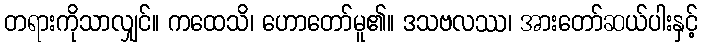
တရားကိုသာလျှင်။ ကထေသိ၊ ဟောတော်မူ၏။ ဒသဗလဿ၊ အားတော်ဆယ်ပါးနှင့်